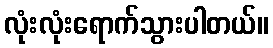
လုံးလုံးရောက်သွားပါတယ်။